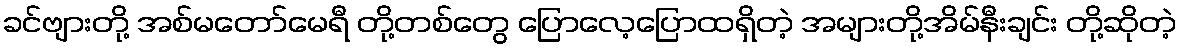
ခင်ဗျားတို့ အစ်မတော်မေရီ တို့တစ်တွေ ပြောလေ့ပြောထရှိတဲ့ အများတို့အိမ်နီးချင်း တို့ဆိုတဲ့